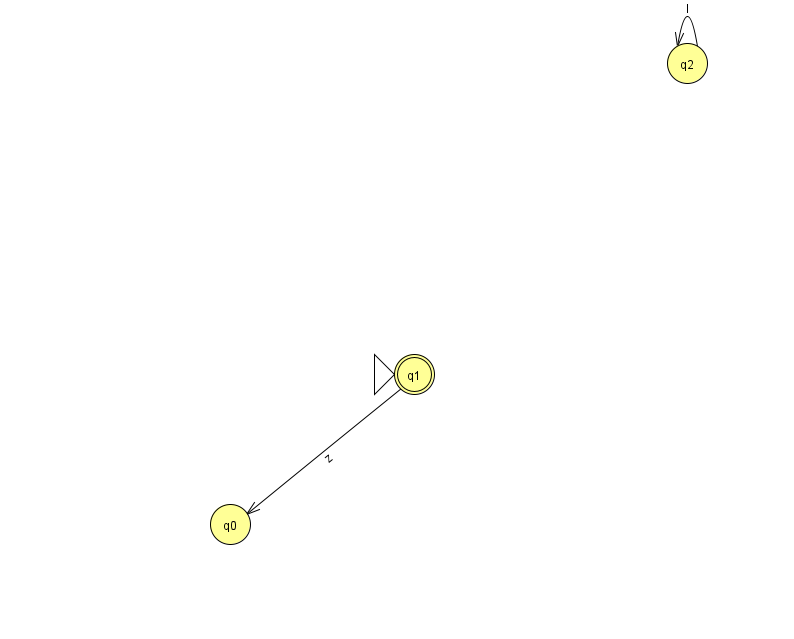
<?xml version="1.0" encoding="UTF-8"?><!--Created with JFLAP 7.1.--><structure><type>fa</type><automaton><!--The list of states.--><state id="0" name="q0"><x>230.0</x><y>511.0</y></state><state id="1" name="q1"><x>414.0</x><y>361.0</y><initial/><final/></state><state id="2" name="q2"><x>687.0</x><y>50.0</y></state><!--The list of transitions.--><transition><from>1</from><to>0</to><read>z</read></transition><transition><from>2</from><to>2</to><read>I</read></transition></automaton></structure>